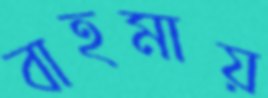
বাহমায়